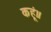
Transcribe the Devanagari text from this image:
कहूं॥